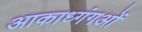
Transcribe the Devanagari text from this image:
आकाध्गंगओं